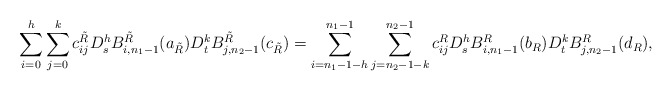
\begin{align*}\sum_{i=0}^{h}\sum_{j=0}^{k}c_{ij}^{\tilde R} D_s^{h}B_{i,n_1-1}^{{\tilde R}}(a_{\tilde R})D_t^{k}B_{j,n_2-1}^{{\tilde R}}(c_{\tilde R})=\sum_{i=n_1-1-h}^{n_1-1}\sum_{j=n_2-1-k}^{n_2-1}c_{ij}^R D_s^{h}B_{i,n_1-1}^{R}(b_R)D_t^{k}B_{j,n_2-1}^{R}(d_R),\end{align*}